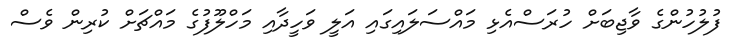
ފުލުހުންގެ ވާޖިބަށް ހުރަސްއެޅި މައްސަލައިގައި އަލީ ވަހީދާއި މަހްލޫފުގެ މައްޗަށް ކުރިން ވެސް